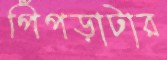
পিঁপড়াটার